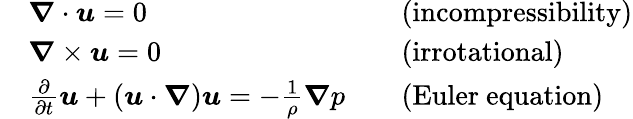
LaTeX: {\begin{array}{rlrl}&{{\boldsymbol{\nabla}}\cdot{\boldsymbol{u}}=0}&&{{\mathrm{(incompressibility)}}}\\ &{{\boldsymbol{\nabla}}\times{\boldsymbol{u}}=0}&&{{\mathrm{(irrotational)}}}\\ &{{\frac{\partial}{\partial t}}{\boldsymbol{u}}+\left({\boldsymbol{u}}\cdot{\boldsymbol{\nabla}}\right){\boldsymbol{u}}=-{\frac{1}{\rho}}{\boldsymbol{\nabla}}p}&&{{\mathrm{(Euler~equation)}}}\end{array}}